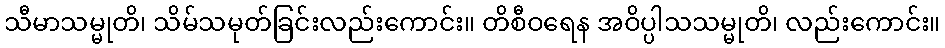
သီမာသမ္မုတိ၊ သိမ်သမုတ်ခြင်းလည်းကောင်း။ တိစီဝရေန အဝိပ္ပါသသမ္မုတိ၊ လည်းကောင်း။